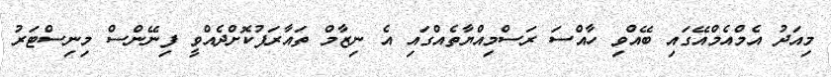
މިއަދު އެމްއެމްއޭގައި ބޭއްވި ހާއްސަ ރަސްމިއްޔާތެއްގައި އެ ނިޒާމް ތައާރަފުކޮށްދެއްވީ ފިނޭންސް މިނިސްޓަރު